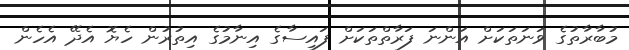
މުބާރާތުގެ ވަނަތަކަށް އަންނަ ފަރާތްތަކަށް ފައިސާގެ އިނާމުގެ އިތުރުން ހެޔޮ އެދޭ އެހެން